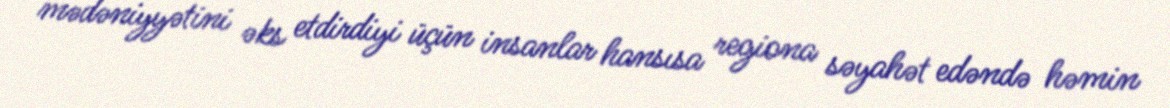
mədəniyyətini əks etdirdiyi üçün insanlar hansısa regiona səyahət edəndə həmin